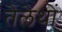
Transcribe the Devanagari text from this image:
तेलेथों